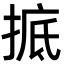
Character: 掋